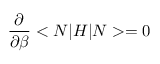
\frac { \partial } { \partial \beta } < N | H | N > = 0